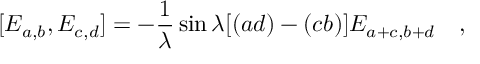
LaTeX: [ E _ { a , b } , E _ { c , d } ] = - { \frac { 1 } { \lambda } } \sin { \lambda [ ( a d ) - ( c b ) ] } E _ { a + c , b + d } \quad ,